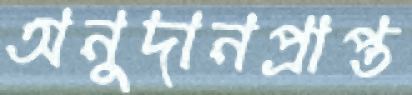
অনুদানপ্রাপ্ত